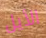
الأيل